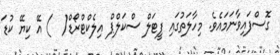
ގޮސްފައިވާނަމައެވެ. މިހާލަތުގައި ފީޓަލް ސްކަލްޕް އިލެކްޓްރޯޑް(  ) އޭ ކިޔޭ ކުޑަ